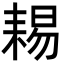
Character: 𦓻